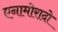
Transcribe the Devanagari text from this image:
एनामोरादो